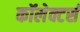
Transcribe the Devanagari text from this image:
कॉलेक्टर्स